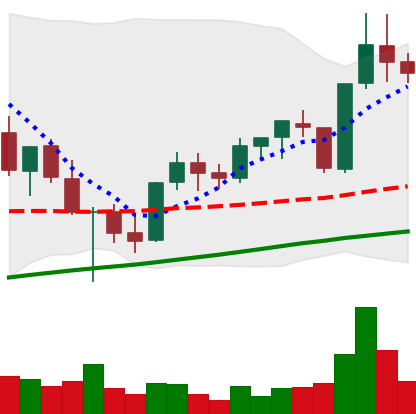
Ticker: XLM-USD
Chart end date: 2021-05-08
Forward return: 4.477%
Label: up_3_5